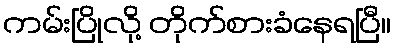
ကမ်းပြိုလို့ တိုက်စားခံနေရပြီ။